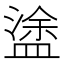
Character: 𥂋